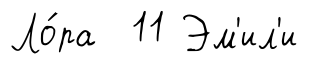
Ло́ра 11 Эм'ил'и